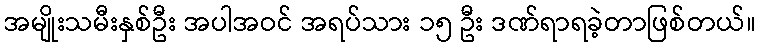
အမျိုးသမီးနှစ်ဦး အပါအဝင် အရပ်သား ၁၅ ဦး ဒဏ်ရာရခဲ့တာဖြစ်တယ်။